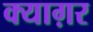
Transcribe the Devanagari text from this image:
क्याग़र